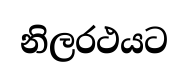
නිලරථයට